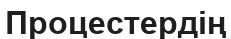
Процестердің